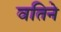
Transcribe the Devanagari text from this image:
वतिने